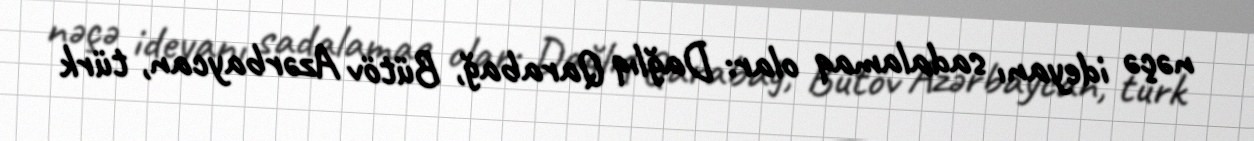
nəçə ideyanı sadalamaq olar: Dağlıq Qarabağ, Bütöv Azərbaycan, türk